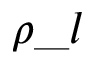
\rho \_ l